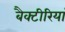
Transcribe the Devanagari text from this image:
बैक्टीरियां